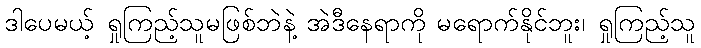
ဒါပေမယ့် ရှုကြည့်သူမဖြစ်ဘဲနဲ့ အဲဒီနေရာကို မရောက်နိုင်ဘူး၊ ရှုကြည့်သူ